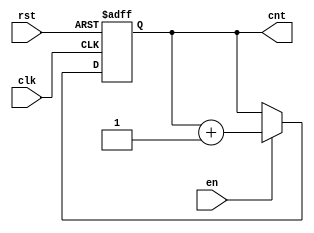
module up_counter (
    input wire clk,     // Clock input
    input wire en,      // Enable input
    input wire rst,     // Asynchronous reset input
    output reg [3:0] cnt // 4-bit count output
);

    // Asynchronous reset and counting logic
    always @(posedge clk or posedge rst) begin
        if (rst) begin
            cnt <= 4'b0000; // Reset counter to 0
        end else if (en) begin
            cnt <= cnt + 1; // Increment counter
        end
        // If 'en' is low, the counter retains its value
    end

endmodule